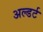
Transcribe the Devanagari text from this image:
अल्डर्ट